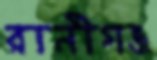
রানীগঞ্জ